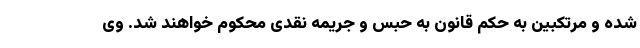
شده و مرتکبین به حکم قانون به حبس و جریمه نقدی محکوم خواهند شد. وی